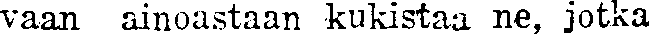
vaan ainoastaan kukistaa ne, jotka